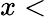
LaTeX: x<